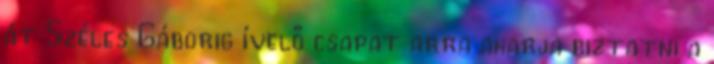
át Széles Gáborig ívelő csapat arra akarja biztatni a